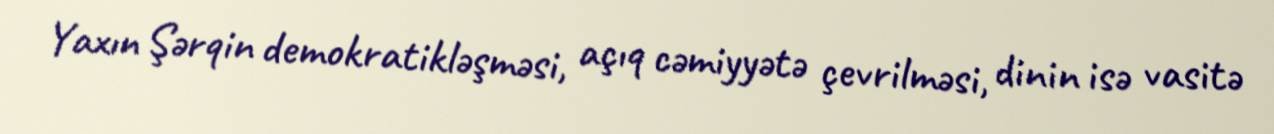
Yaxın Şərqin demokratikləşməsi, açıq cəmiyyətə çevrilməsi, dinin isə vasitə